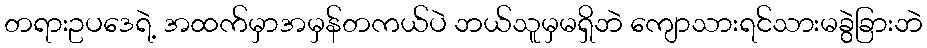
တရားဥပဒေရဲ့ အထက်မှာအမှန်တကယ်ပဲ ဘယ်သူမှမရှိဘဲ ကျောသားရင်သားမခွဲခြားဘဲ